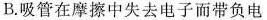
B.吸管在摩擦中失去电子而带负电